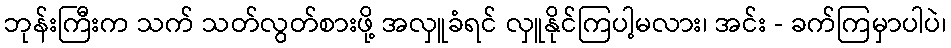
ဘုန်းကြီးက သက် သတ်လွတ်စားဖို့ အလှူခံရင် လှူနိုင်ကြပါ့မလား၊ အင်း - ခက်ကြမှာပါပဲ၊